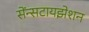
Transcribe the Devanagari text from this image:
सेंन्सटायझेशन